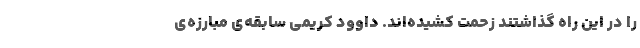
را در این راه گذاشتند زحمت کشیده‌اند. داوود کریمی سابقه‌ی مبارزه‌ی